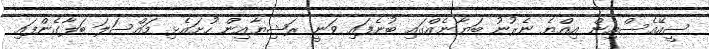
ސީއޭއެސްއިން އިއްޔެ ނެރުނު ބަޔާނެއްގައި ބުނެފައި ވަނީ ރަޝިޔާއިން ހުށައެޅި މައްސަލަ ބަލާގެންފައި